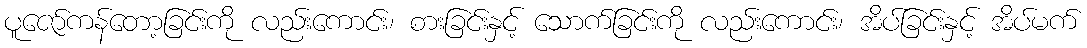
ပူဇော်ကန်တော့ခြင်းကို လည်းကောင်း၊ စားခြင်းနှင့် သောက်ခြင်းကို လည်းကောင်း၊ အိပ်ခြင်းနှင့် အိပ်မက်